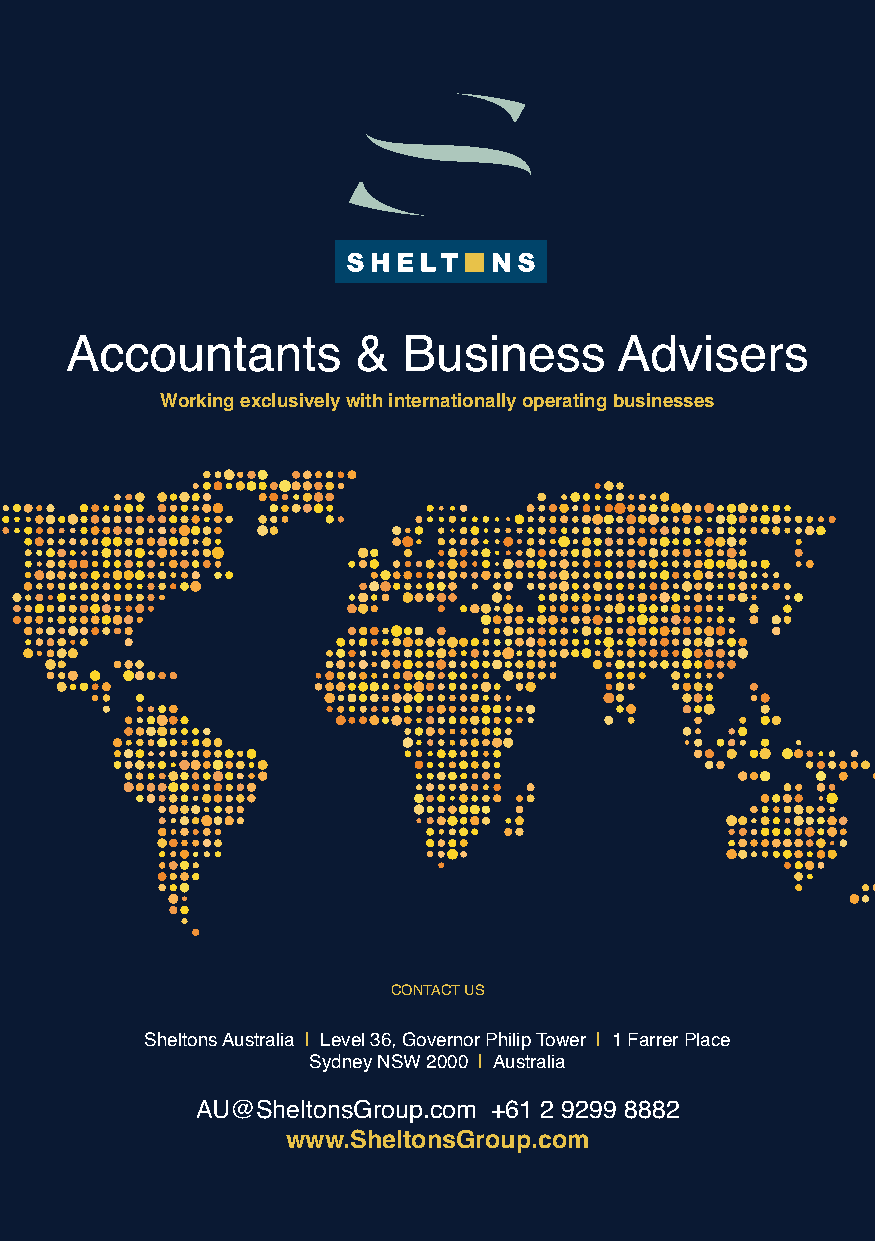
Accountants         &  Business      Advisers
 Working exclusively with internationally operating businesses
 CONTACT US
 Sheltons Australia | Level 36, Governor Philip Tower | 1 Farrer Place
 Sydney NSW 2000 | Australia
 AU@SheltonsGroup.com +61 2 9299 8882
 www.SheltonsGroup.com